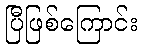
ပြီဖြစ်ကြောင်း